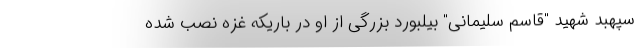
سپهبد شهید "قاسم سلیمانی" بیلبورد بزرگی از او در باریکه غزه نصب شده